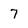
Character: 7